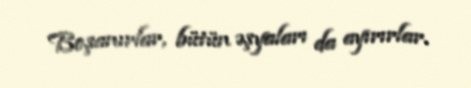
Boşanırlar, bütün əşyaları da ayırırlar.